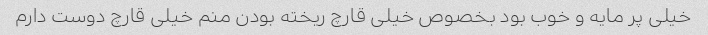
خیلی پر مایه و خوب بود بخصوص خیلی قارچ ریخته بودن منم خیلی قارچ دوست دارم